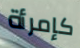
كإمرأة